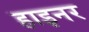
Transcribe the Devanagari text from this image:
हाइनर